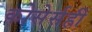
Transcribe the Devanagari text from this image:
कोसेर्सही